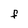
Character: F